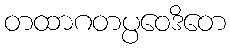
တထာဂတပ္ပဝေဒိတေ